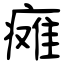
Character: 瘫